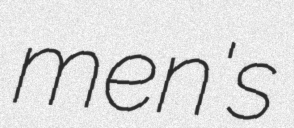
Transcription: men's